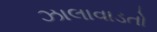
ઝાલાવાડતો